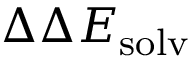
\Delta \Delta E _ { \mathrm { s o l v } }